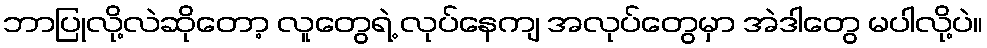
ဘာပြုလို့လဲဆိုတော့ လူတွေရဲ့ လုပ်နေကျ အလုပ်တွေမှာ အဲဒါတွေ မပါလို့ပဲ။